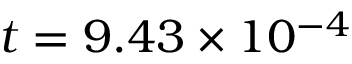
t = 9 . 4 3 \times 1 0 ^ { - 4 }